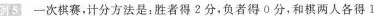
例5 一次棋赛，计分方法是：胜者得2分，负者得0分，和棋两人各得l